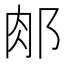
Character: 𨛇